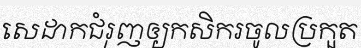
សេដាកជំរុញឲ្យកសិករចូលប្រកួត